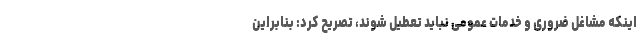
اینکه مشاغل ضروری و خدمات عمومی نباید تعطیل شوند، تصریح کرد: بنابراین